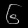
Digit: ၆